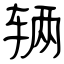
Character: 辆